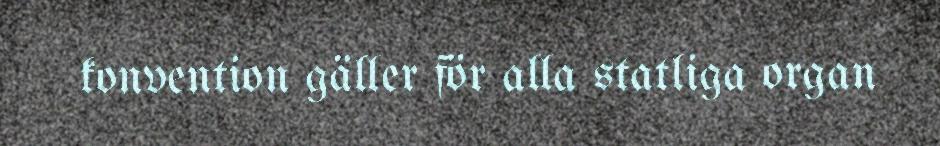
konvention gäller för alla statliga organ